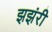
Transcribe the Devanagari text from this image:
झझंरी